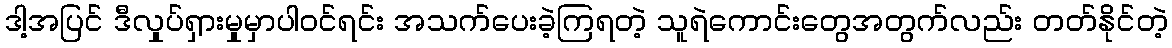
ဒါ့အပြင် ဒီလှုပ်ရှားမှုမှာပါဝင်ရင်း အသက်ပေးခဲ့ကြရတဲ့ သူရဲကောင်းတွေအတွက်လည်း တတ်နိုင်တဲ့